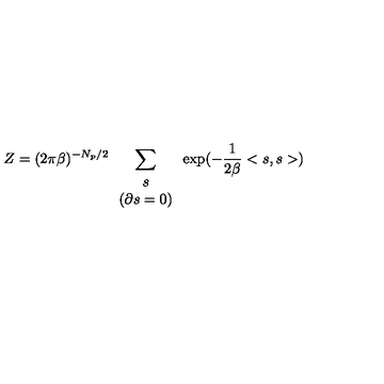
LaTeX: Z = ( 2 \pi \beta ) ^ { - N _ { p } / 2 } \sum _ { \begin{array} { c } { s } \\ { \left( \partial s = 0 \right) } \\ \end{array} } \exp ( - \frac { 1 } { 2 \beta } < s , s > )